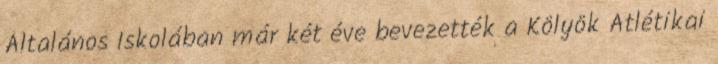
Általános Iskolában már két éve bevezették a Kölyök Atlétikai